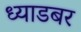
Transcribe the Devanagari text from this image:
ध्याडबर